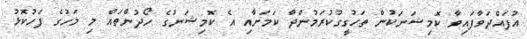
އުފައްދަވާފައިވާ ކޮމިޝަނަކުން ތަހުގީގުކުރަމުންދާ ކަމަށާއި އެ ކޮމިޝަނުގެ ހޯދުންތައް މި މަހުގެ ފަހުކޮޅު